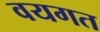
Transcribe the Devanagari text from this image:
वयगत